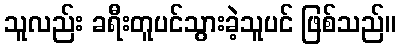
သူလည်း ခရီးတူပင်သွားခဲ့သူပင် ဖြစ်သည်။